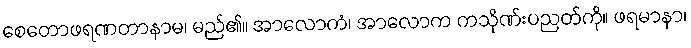
စေတောဖရဏတာနာမ၊ မည်၏။ အာလောကံ၊ အာလောက ကသိုဏ်းပညတ်ကို။ ဖရမာနာ၊